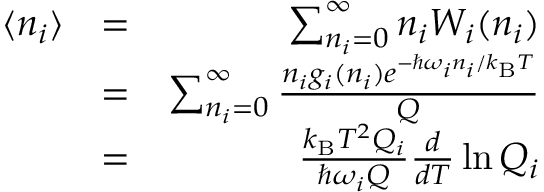
\begin{array} { r l r } { \langle n _ { i } \rangle } & { = } & { \sum _ { n _ { i } = 0 } ^ { \infty } n _ { i } W _ { i } ( n _ { i } ) } \\ & { = } & { \sum _ { n _ { i } = 0 } ^ { \infty } \frac { n _ { i } g _ { i } ( n _ { i } ) e ^ { - \hbar \omega _ { i } n _ { i } / k _ { \mathrm { B } } T } } { Q } } \\ & { = } & { \frac { k _ { \mathrm { B } } T ^ { 2 } Q _ { i } } { \hbar \omega _ { i } Q } \frac { d } { d T } \ln Q _ { i } } \end{array}